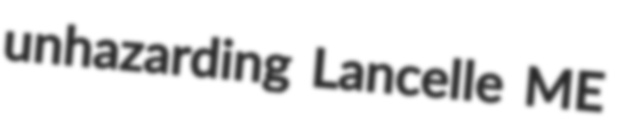
unhazarding Lancelle ME